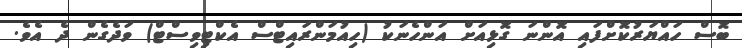
ބޮސް ހައްޔަރުކޮށްފައި އޮންނަ ގޮޅިއަށް އަންހެނަކު (ހިއުމަންރައިޓްސް އެކްޓިވިސްޓް) ވަދެގެން ދެ އެވެ.